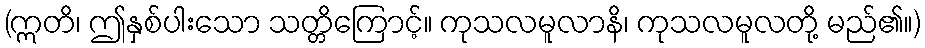
(ဣတိ၊ ဤနှစ်ပါးသော သတ္တိကြောင့်။ ကုသလမူလာနိ၊ ကုသလမူလတို့ မည်၏။)